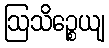
ဩသိဉ္စေယျ